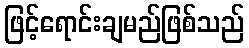
ဖြင့်ရောင်းချမည်ဖြစ်သည်